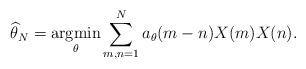
LaTeX: \begin{align*}\widehat{\theta}_N=\underset{\theta}{\mathrm{argmin}} \sum_{m,n=1}^N a_\theta(m-n) X(m) X(n).\end{align*}